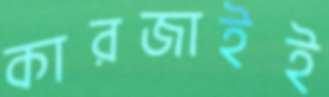
কারজাইই